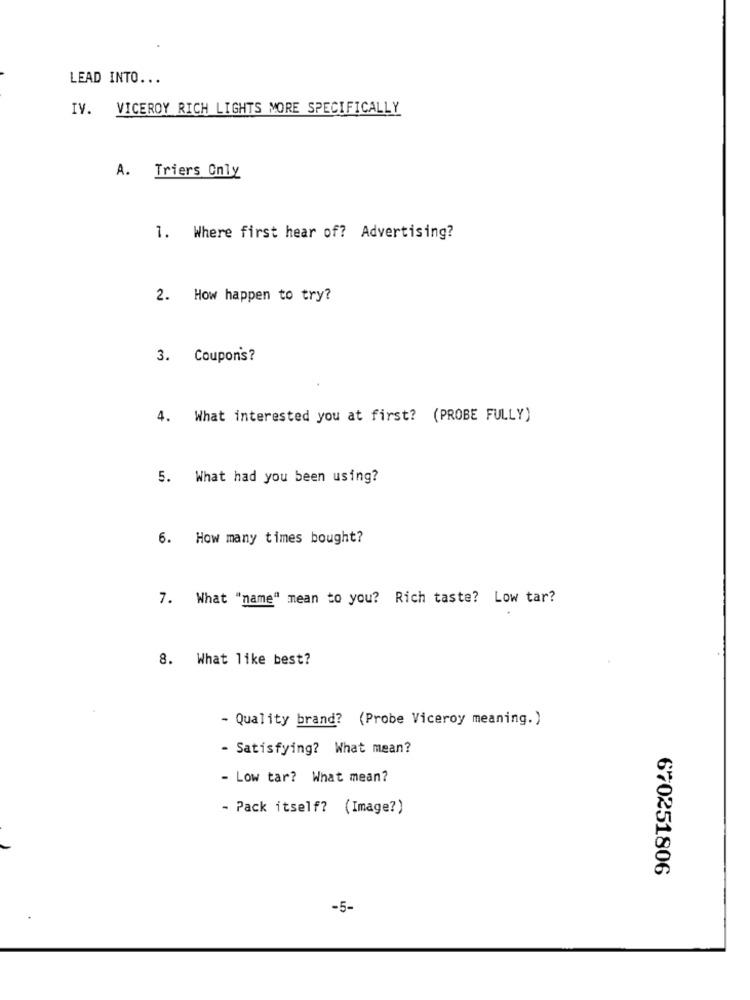
LEAD INTO ...
IV. VICEROY RICH LIGHTS MORE SPECIFICALLY
A. Triers Only
1. Where first hear of? Advertising?
2. How happen to try?
3. Coupons?
4. What interested you at first? (PROBE FULLY)
5. What had you been using?
6. How many times bought?
7. What "name" mean to you? Rich taste? Low tar?
8. What like best?
- Quality brand? (Probe Viceroy meaning.)
- Satisfying? What mean?
- Low tar? What mean?
- Pack itself? (Image?)
670251806
-5-